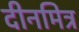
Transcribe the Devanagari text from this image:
दीनमित्र